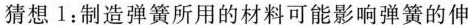
猜想1：制造弹簧所用的材料可能影响弹簧的伸